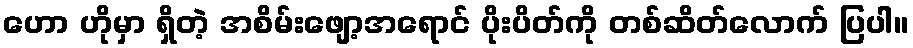
ဟော ဟိုမှာ ရှိတဲ့ အစိမ်းဖျော့အရောင် ပိုးပိတ်ကို တစ်ဆိတ်လောက် ပြပါ။